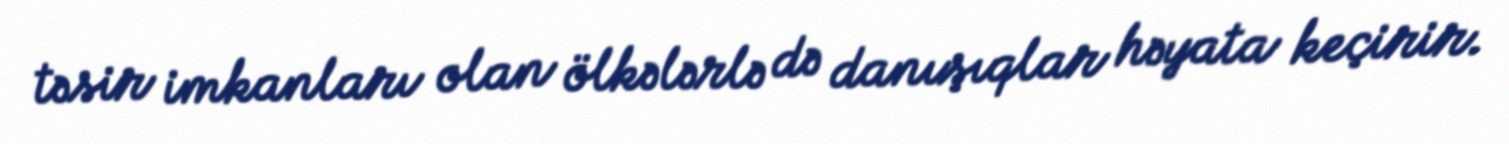
təsir imkanları olan ölkələrlə də danışıqlar həyata keçirir.